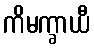
ကိမက္ခာယီ